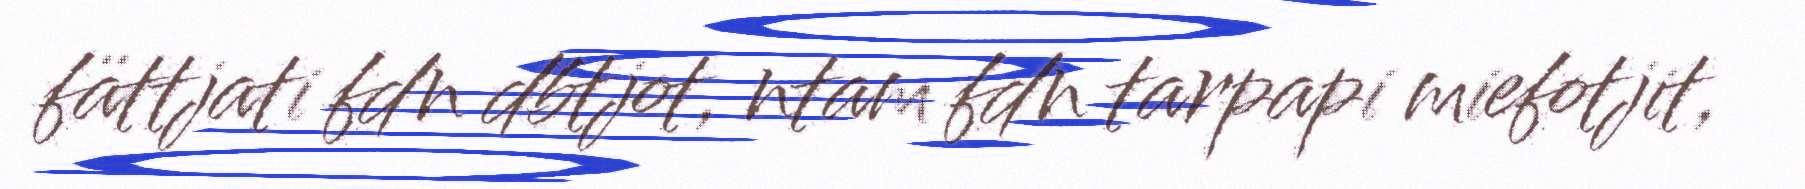
fättjati fdn dbtjot, ntam fdn tarpapi miefotjit,